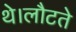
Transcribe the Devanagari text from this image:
थे।लौटते